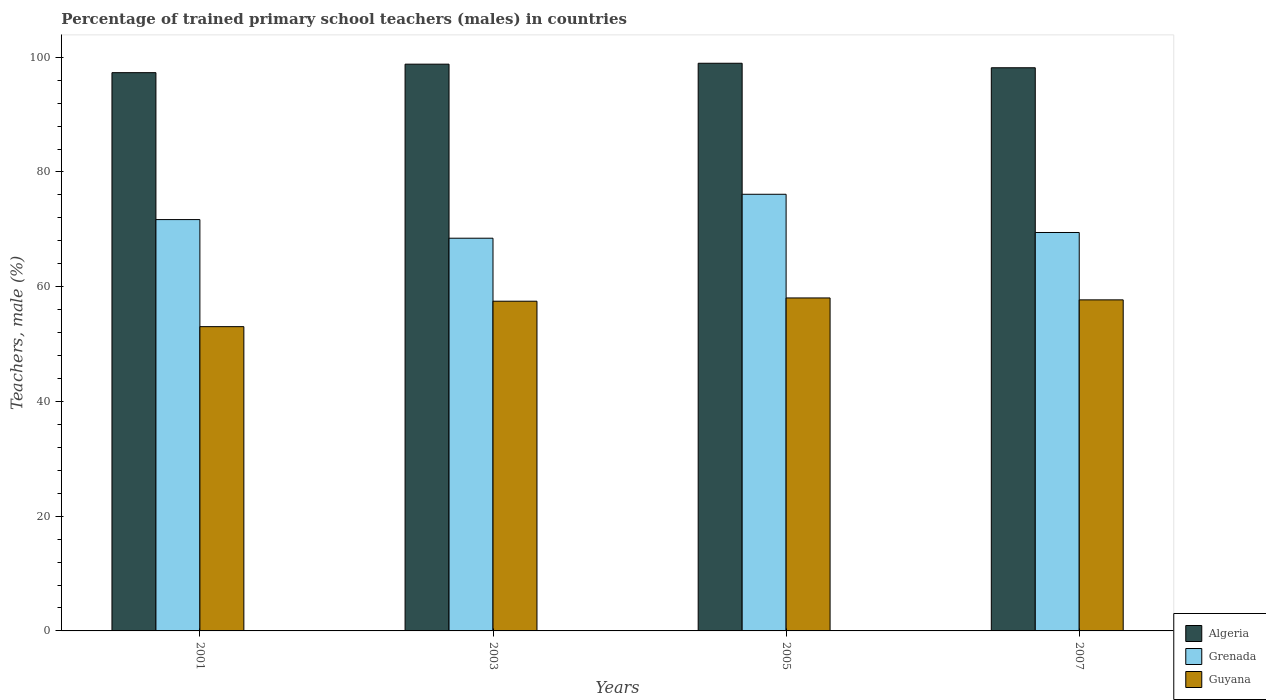
| Years | Algeria | Grenada | Guyana |
 | --- | --- | --- | --- |
 | 2001 | 97.3 | 71.7 | 53 |
 | 2003 | 98.8 | 68.5 | 57.5 |
 | 2005 | 98.9 | 76.1 | 58 |
 | 2007 | 98.2 | 69.4 | 57.7 |